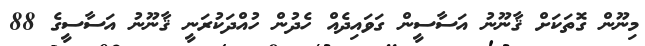
މިނޫން ގޮތަކަށް ޤާނޫނު އަސާސީން ގަވައިދެއް ހެދުން ހުއްދަކުރަނީ ޤާނޫނު އަސާސީގެ 88